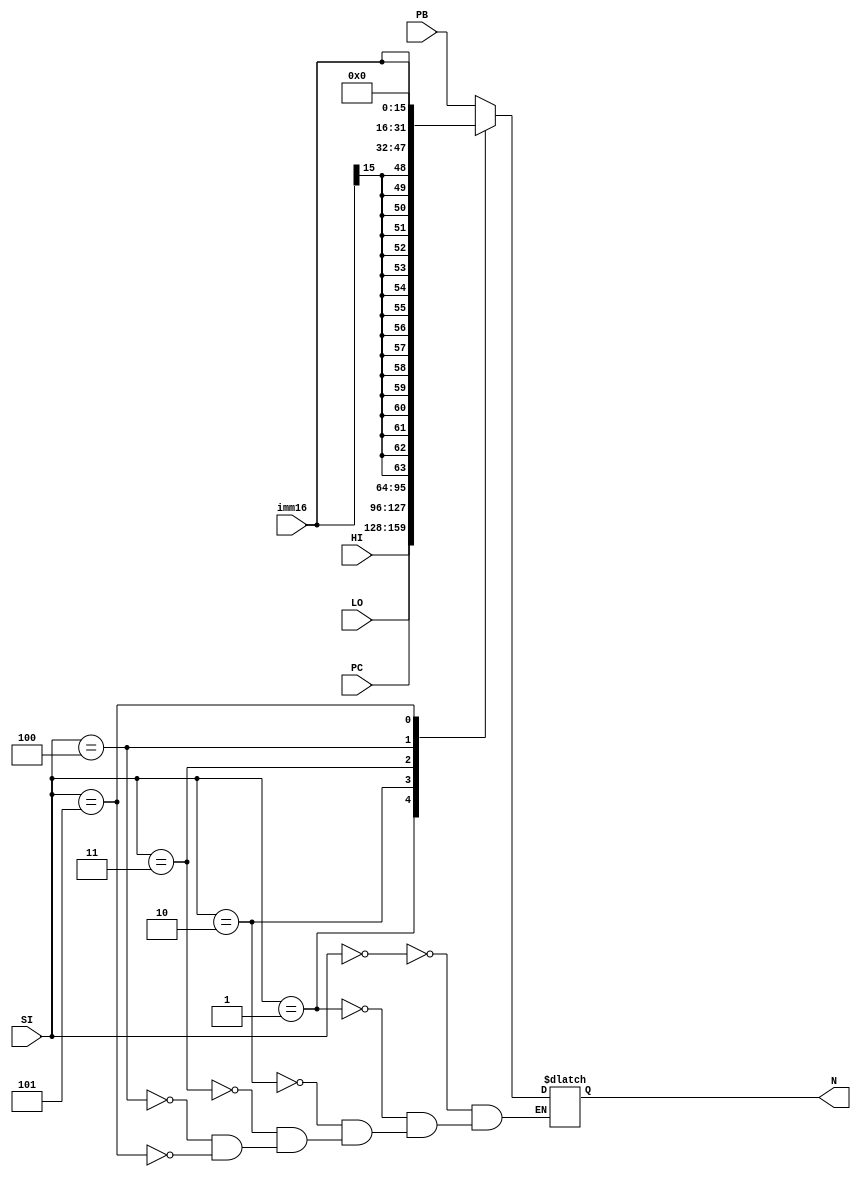
module source_operand (
    input [31:0] PB,
    input [31:0] HI,
    input [31:0] LO,
    input [31:0] PC,
    input [15:0] imm16,
    input [2:0] SI,
    output reg [31:0] N
    );

    always @(SI,PB,HI,LO,PC,imm16) begin
        case(SI)
            3'b000: N = PB;
            3'b001: N = HI;
            3'b010: N = LO;
            3'b011: N = PC;
            3'b100: begin
                 N = {{16{imm16[15]}}, imm16};
            end
            3'b101: N = {imm16, 16'h0};
            //unused below
            //3'b110: N = 0;
            //3'b111: N = 0;
        endcase
             //$display("S0 = %b | S1 = %b | S2 = %b | N: %b", SI[0], SI[1], SI[2], N); //check result
    end
endmodule